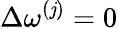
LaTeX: \Delta\omega^{(\mathit{j})}=0